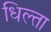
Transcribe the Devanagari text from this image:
धिल्ता